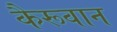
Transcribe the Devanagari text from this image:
कैरूवान